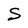
Character: S